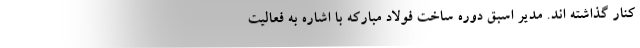
کنار گذاشته اند. مدیر اسبق دوره ساخت فولاد مبارکه با اشاره به فعالیت